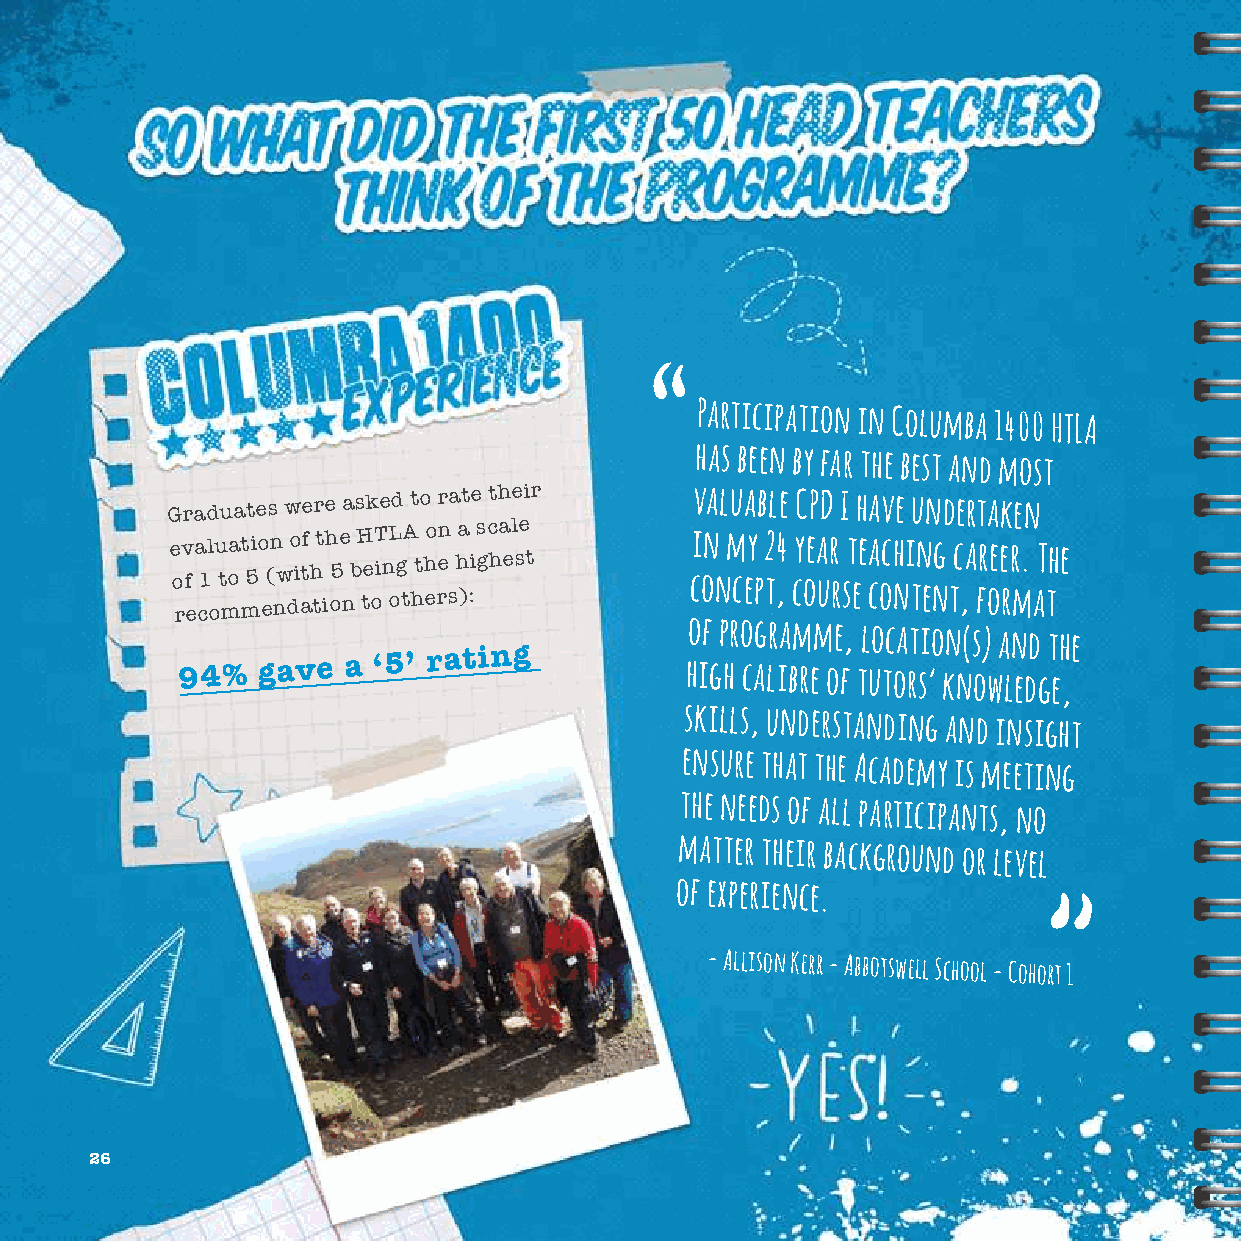
Participation
 in Columba 1400 HTLA
 has been by far the best and most
 Graduates were asked to rate their valuable CPD I have undertaken
 e o rv f
 e
 a c1l
 o
 u t moa t m5io e(n nw do i atf h tt
 i
 h o5e
 n
 b H te oT in L og tA ht h eo rn e
 s
 ha ):i s gc ha el se t ci on n m cey p 2 t,4 cy oea ur r st ee a coch ni tn eng tc ,a fr oee rr m. aT th e
 of programme, location(s) and the
 94%  gave  a ‘5’
 rating
 high calibre of tutors’ knowledge,
 skills, understanding
 and insight
 ensure that the Academy is meeting
 the needs of all participants,
 no
 matter their background or level
 of experience.
 - Allison Kerr - Abbotswell School - Cohort 1
 26